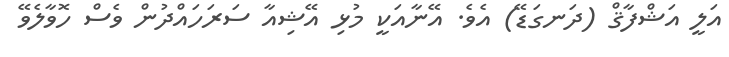
އަލީ އަޝްފާޤް (ދަނގަޑޭ) އެވެ. އޭނާއަކީ މުޅި އޭޝިއާ ސަރަހައްދުން ވެސް ހޮވާލެވޭ